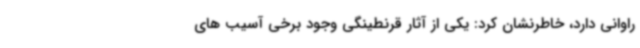
راوانی دارد، خاطرنشان کرد: یکی از آثار قرنطینگی وجود برخی آسیب های